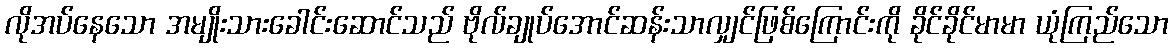
လိုအပ်နေသော အမျိုးသားခေါင်းဆောင်သည် ဗိုလ်ချုပ်အောင်ဆန်းသာလျှင်ဖြစ်ကြောင်းကို ခိုင်ခိုင်မာမာ ယုံကြည်သော